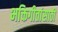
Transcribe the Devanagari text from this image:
भक्तिगीतांसाठी